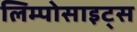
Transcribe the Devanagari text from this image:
लिम्पोसाइट्स